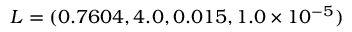
L = ( 0 . 7 6 0 4 , 4 . 0 , 0 . 0 1 5 , 1 . 0 \times 1 0 ^ { - 5 } )